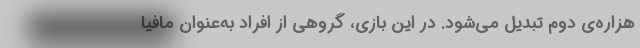
هزاره‌ی دوم تبدیل می‌شود. در این بازی، گروهی از افراد به‌عنوان مافیا